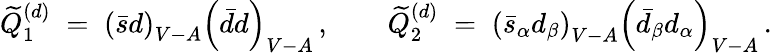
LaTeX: \widetilde{Q}_{1}^{(d)}\; =\; \left(\bar{s}d\right)_{V-A}\left(\bar{d}d\right)_{V-A}\, ,\qquad\widetilde{Q}_{2}^{(d)}\; =\; \left(\bar{s}_{\alpha}d_{\beta}\right)_{V-A}\left(\bar{d}_{\beta}d_{\alpha}\right)_{V-A}\, .